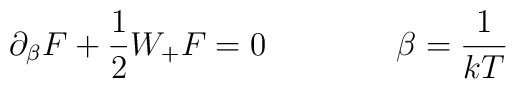
\partial_\beta F + \frac{1}{2} W_+ F = 0 \qquad\qquad                      \beta = \frac{1}{kT}